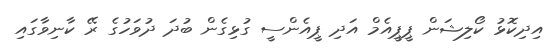
އިދިކޮޅު ކޯލިޝަން ޕީޕީއެމް އަދި ޕީއެންސީ ގުޅިގެން ބުދަ ދުވަހުގެ ރޭ ކާނިވާގައި